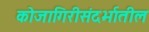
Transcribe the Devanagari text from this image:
कोजागिरीसंदर्भातील